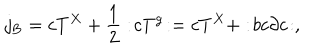
j _ { \mathrm { B } } = c T ^ { X } + \frac { 1 } { 2 } : \! c T ^ { \mathrm { g } } \! : = c T ^ { X } + : \! b c \partial c \! : ,